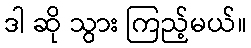
ဒါ ဆို သွား ကြည့်မယ်။